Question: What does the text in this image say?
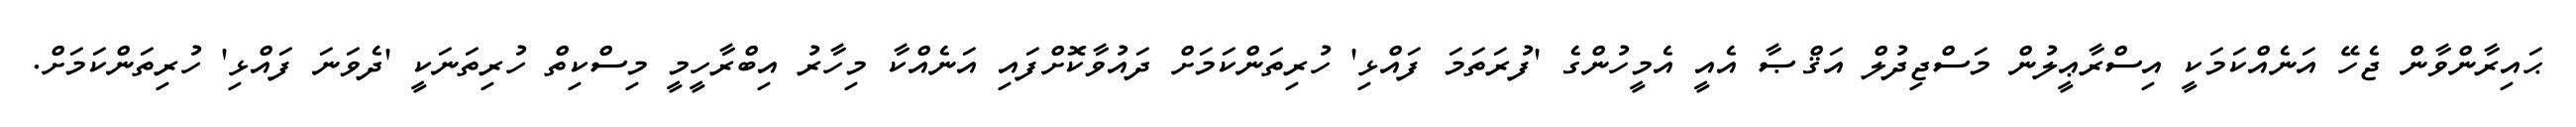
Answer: ޙައިރާންވާން ޖެހޭ އަނެއްކަމަކީ އިސްރާޢީލުން މަސްޖިދުލް އަޤްޞާ އެއީ އެމީހުންގެ 'ފުރަތަމަ ފައްޅި' ހުރިތަންކަމަށް ދައުވާކޮށްފައި އަނެއްކާ މިހާރު އިބްރާހީމީ މިސްކިތް ހުރިތަނަކީ 'ދެވަނަ ފައްޅި' ހުރިތަންކަމަށް.